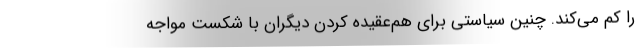
را کم می‌کند. چنین سیاستی برای هم‌عقیده کردن دیگران با شکست مواجه